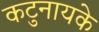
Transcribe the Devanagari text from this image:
कटुनायके